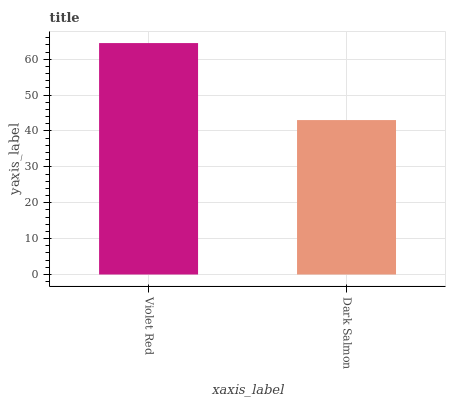
| xaxis_label | bars |
 | --- | --- |
 | Violet Red | 64.5 |
 | Dark Salmon | 43 |